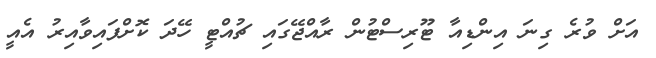
އަށް ވުރެ ގިނަ އިންޑިއާ ޓޫރިސްޓުން ރާއްޖޭގައި ޗުއްޓީ ހޭދަ ކޮށްފައިވާއިރު އެއީ